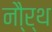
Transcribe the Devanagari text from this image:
नौ्र्थ